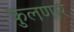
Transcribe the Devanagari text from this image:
फुलणार